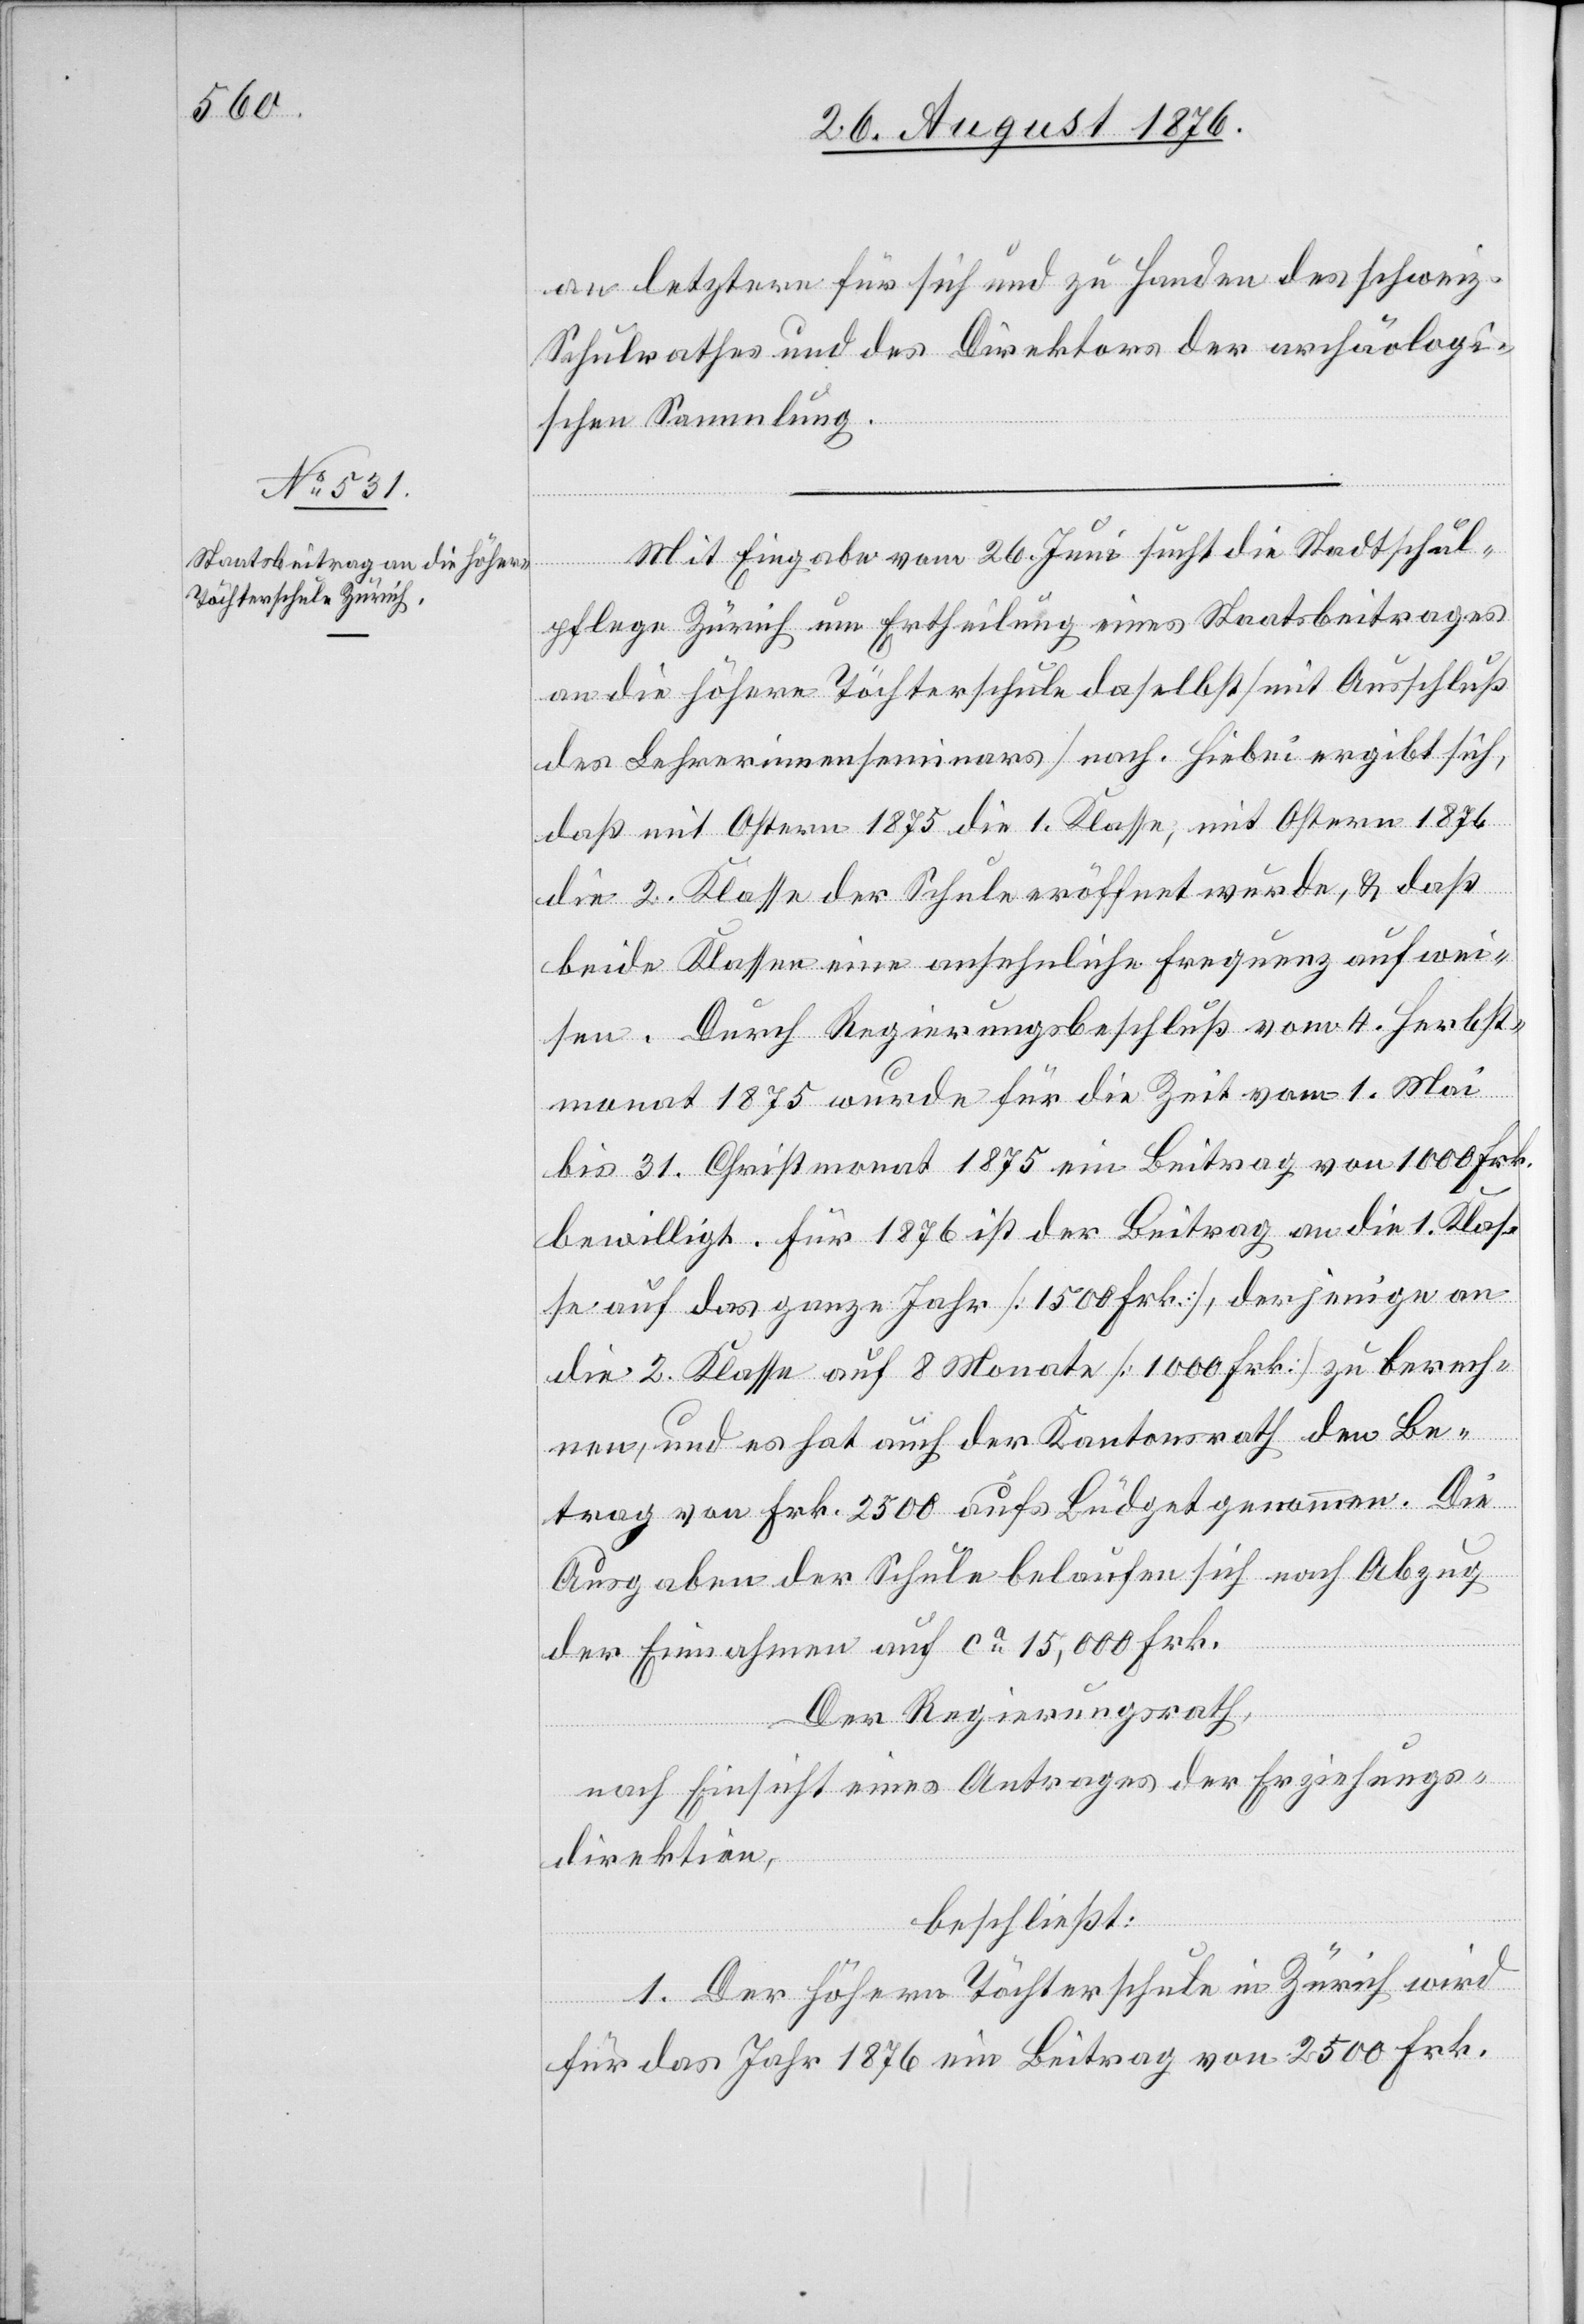
an letztere für sich und zu Handen des schweiz.
Schulrathes und der Direktion der archäologi¬
schen Sammlung.
Mit Eingabe vom 26. Juni sucht die Stadtschul¬
pflege Zürich und Ertheilung eines Staatsbeitrages
an die höhere Töchterschule daselbst [mit Ausschluß
des Lehrerinnenseminars] nach. Hiebei ergibt sich,
daß mit Ostern 1875 die 1. Klasse, mit Ostern 1876
die 2. Klasse der Schule eröffnet wurde, & daß
beide Klassen eine ansehnliche Frequenz aufwei¬
sen. Durch Regierungsrathsbeschluß vom 4. Herbst¬
monat 1875 wurde für die Zeit vom 1. Mai
bis 31. Christmonat 1875 ein Beitrag von 1000 Frk.
bewilligt. Für 1876 ist der Beitrag an die 1. Klas¬
se auf das ganze Jahr [1500 Frk.], derjenige an
die 2. Klasse auf 8 Monate [1000 Frk.] zu berech¬
nen, und es hat auch der Kantonsrath den Be¬
trag von Frk. 2500 aufs Büdget genommen. Die
Ausgaben der Schule belaufen sich nach Abzug
der Einnahmen auf ca 15,000 Frk.
Der Regierungsrath,
nach Einsicht eines Antrages der Erziehungs¬
direktion,
beschließt:
1. Der höhern Töchterschule in Zürich wird
für das Jahr 1876 ein Beitrag von 2500 Frk.